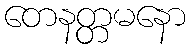
တေနတ္တမနော